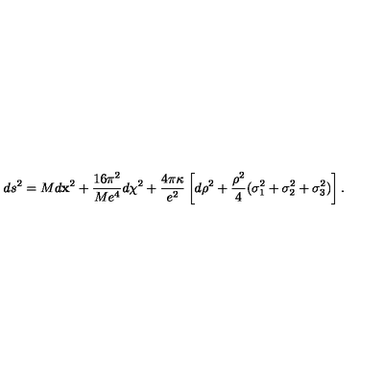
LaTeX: d s ^ { 2 } = M d { \bf x } ^ { 2 } + { \frac { 1 6 \pi ^ { 2 } } { M e ^ { 4 } } } d \chi ^ { 2 } + \frac { 4 \pi \kappa } { e ^ { 2 } } \left[ d \rho ^ { 2 } + { \frac { \rho ^ { 2 } } { 4 } } ( \sigma _ { 1 } ^ { 2 } + \sigma _ { 2 } ^ { 2 } + \sigma _ { 3 } ^ { 2 } ) \right] .